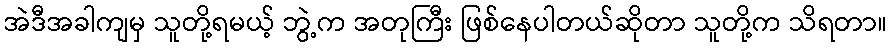
အဲဒီအခါကျမှ သူတို့ရမယ့် ဘွဲ့က အတုကြီး ဖြစ်နေပါတယ်ဆိုတာ သူတို့က သိရတာ။